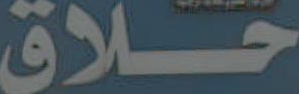
حلاق